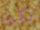
تكون